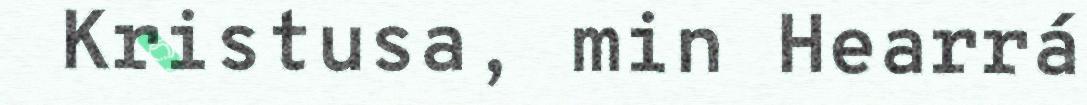
Kristusa, min Hearrá